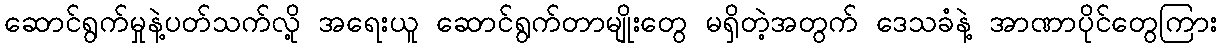
ဆောင်ရွက်မှုနဲ့ပတ်သက်လို့ အရေးယူ ဆောင်ရွက်တာမျိုးတွေ မရှိတဲ့အတွက် ဒေသခံနဲ့ အာဏာပိုင်တွေကြား